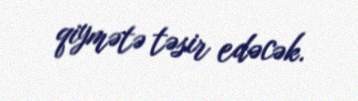
qiymətə təsir edəcək.